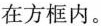
在方框内。